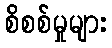
စိစစ်မှုများ